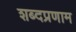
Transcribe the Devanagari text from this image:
शब्दप्रणाम